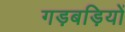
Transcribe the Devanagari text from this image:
गड़बड़ियों